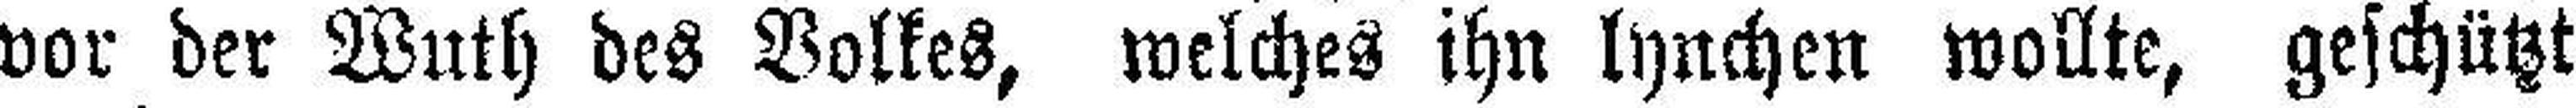
vor der Wuth des Volkes, welches ihn lynchen wollte, geschützt